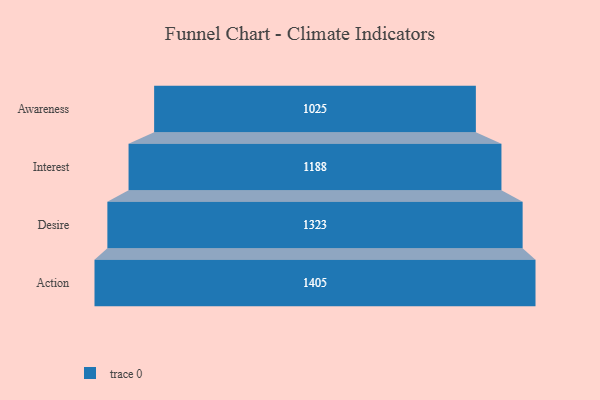
{"axis": {"x": "Stage", "y": "Value"}, "legend": [""], "data": [{"x": "Awareness", "y": 1025.0, "type": ""}, {"x": "Interest", "y": 1188.0, "type": ""}, {"x": "Desire", "y": 1323.0, "type": ""}, {"x": "Action", "y": 1405.0, "type": ""}]}